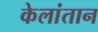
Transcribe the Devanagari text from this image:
केलांतान